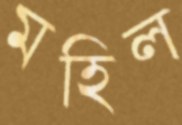
মহিল